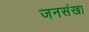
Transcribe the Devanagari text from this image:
जनसंखा